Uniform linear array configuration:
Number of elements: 32
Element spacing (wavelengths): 1
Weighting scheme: binomial
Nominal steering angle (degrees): -15
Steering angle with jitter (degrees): -16.234
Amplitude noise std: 0.05
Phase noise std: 0.05

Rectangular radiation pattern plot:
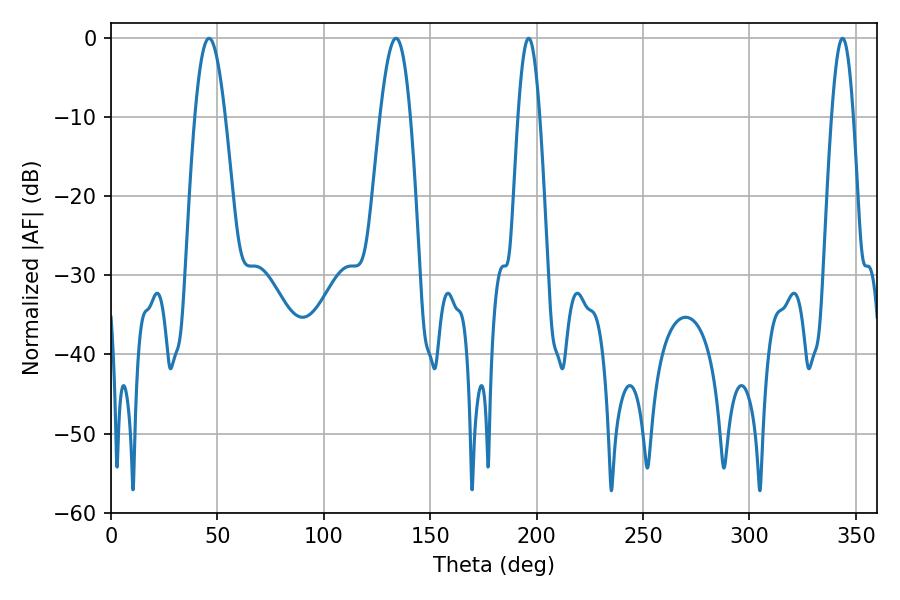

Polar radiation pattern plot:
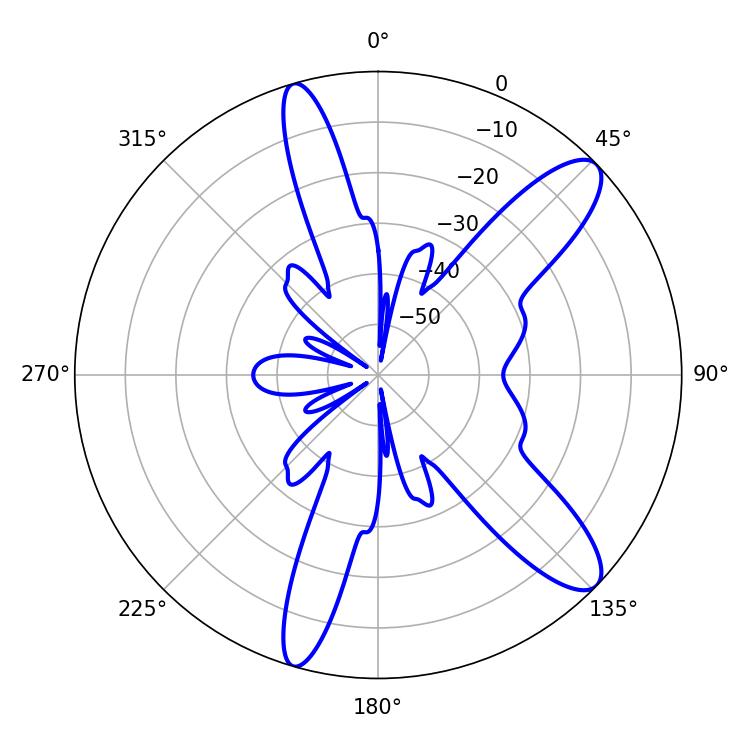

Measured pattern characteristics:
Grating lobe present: TRUE
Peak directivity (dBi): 11.144
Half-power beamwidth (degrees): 7.74
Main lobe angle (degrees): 46.08